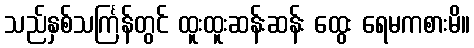
သည်နှစ်သင်္ကြန်တွင် ထူးထူးဆန်းဆန်း ထွေး ရေမကစားမိ။